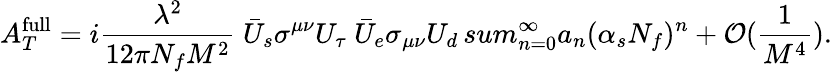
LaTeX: A_{T}^{\mathrm{full}}=i{\frac{\lambda^{2}}{12\pi N_{f}M^{2}}}\ \bar{U}_{s}\sigma^{\mu\nu}U_{\tau}\ \bar{U}_{e}\sigma_{\mu\nu}U_{d}\, sum_{n=0}^{\infty}a_{n}(\alpha_{s}N_{f})^{n}+{\cal O}({\frac{1}{M^{4}}}).